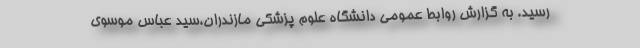
رسید. به گزارش روابط عمومی دانشگاه علوم پزشکی مازندران،سید عباس موسوی